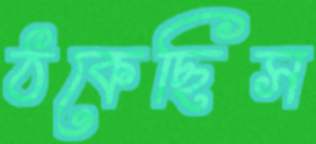
ঠকেছিস